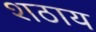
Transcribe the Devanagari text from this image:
शठाय